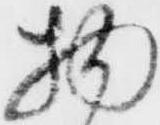
物